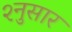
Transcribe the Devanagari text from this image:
२नुसार